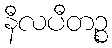
နီလပီတဉ္စ